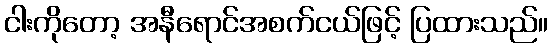
ငါးကိုတော့ အနီရောင်အစက်ငယ်ဖြင့် ပြထားသည်။